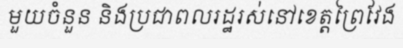
មួយចំនួន និងប្រជាពលរដ្ឋរស់នៅខេត្តព្រៃវែង